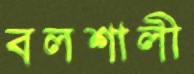
বলশালী